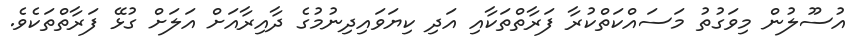
އުސޫލުން މިވަގުތު މަސައްކަތްކުރާ ފަރާތްތަކާއި އަދި ކިޔަވައިދިނުމުގެ ދާއިރާއަށް އަލަށް ގުޅޭ ފަރާތްތަކެވެ.